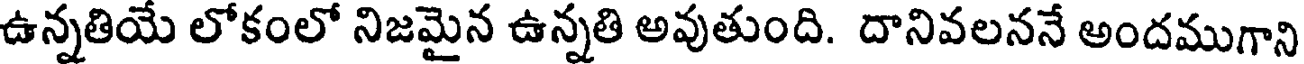
ఉన్నతియే లోకంలో నిజమైన ఉన్నతి అవుతుంది. దానివలననే అందముగాని